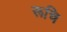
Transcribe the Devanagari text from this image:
रूचि